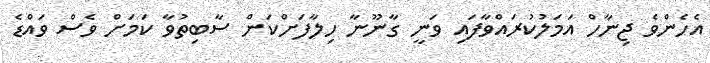
އެހެންވެ ޖިނާހް އަމަލުކުރައްވާފައި ވަނީ ގާނޫނާ ހިލާފަށްކަން ސާބިތުވާ ކަމަށް ވެސް ވައްޑެ